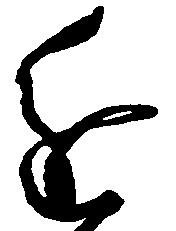
進